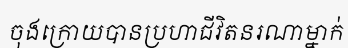
ចុងក្រោយបានប្រហាជីវិតនរណាម្នាក់